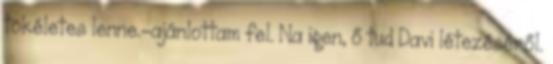
tökéletes lenne.-ajánlottam fel. Na igen, ő tud Davi létezéséről.